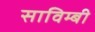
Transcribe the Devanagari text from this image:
साविम्बी